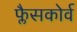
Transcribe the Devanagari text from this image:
फ्लैसकोर्व